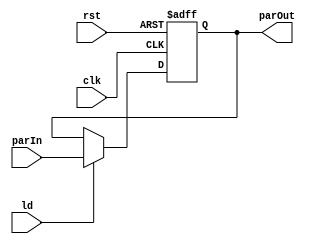
`timescale 1ns/1ns
module Reg32_1ns(input clk, rst, ld, input [31:0] parIn, output reg [31:0] parOut);
    always @(posedge clk, posedge rst) begin
        #1
        if(rst) parOut = 32'b0;
        else if(ld) parOut = parIn;
        else parOut = parOut;
    end
endmodule